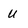
Character: U